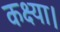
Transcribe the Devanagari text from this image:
कक्ष्या।